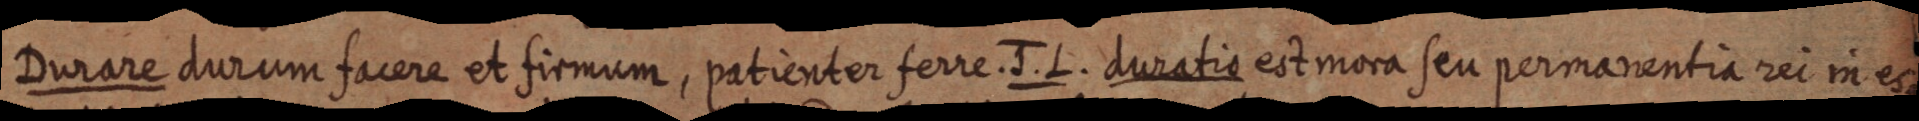
Durare durum facere et firmum, patienter ferre. J. L. duratio est mora seu permanentia rei in es